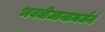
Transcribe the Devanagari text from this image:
भवबीजानामर्जनं